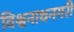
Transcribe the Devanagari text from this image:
विश्वनाथनगरी